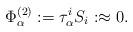
LaTeX: \begin{align*}\Phi^{(2)}_{\alpha}:=\tau^{i}_{\alpha}S_{i}:\approx0.\end{align*}